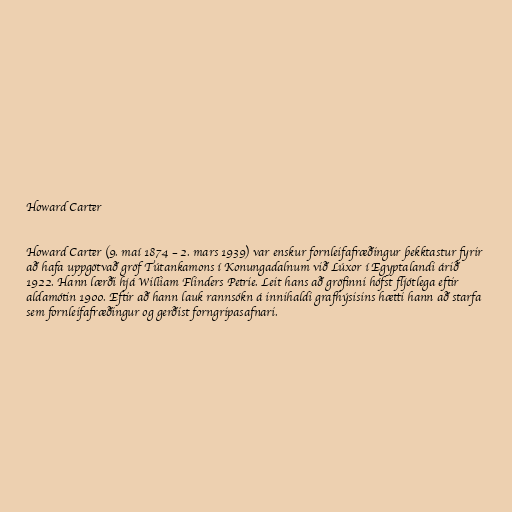
Howard Carter

Howard Carter (9. maí 1874 – 2. mars 1939) var enskur fornleifafræðingur þekktastur fyrir
að hafa uppgötvað gröf Tútankamons í Konungadalnum við Lúxor í Egyptalandi árið
1922. Hann lærði hjá William Flinders Petrie. Leit hans að gröfinni hófst fljótlega eftir
aldamótin 1900. Eftir að hann lauk rannsókn á innihaldi grafhýsisins hætti hann að starfa
sem fornleifafræðingur og gerðist forngripasafnari.